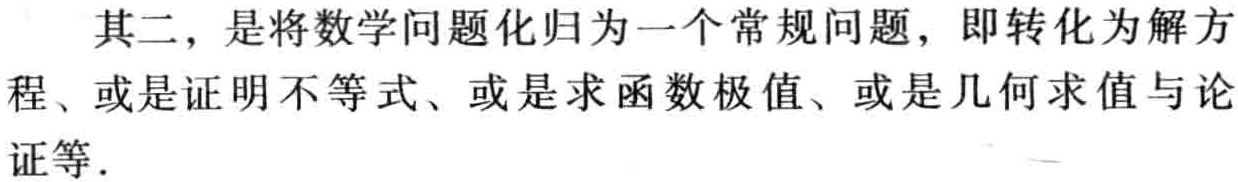
其二，是将数学问题化归为一个常规问题，即转化为解方程、或是证明不等式、或是求函数极值、或是几何求值与论证等.